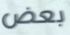
بعض